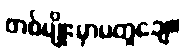
တစ်မျိုးမှာမတူချေ။